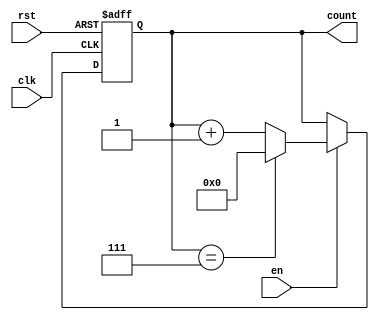
module Modulo_N_Up_Counter (
    input wire clk,
    input wire rst,
    input wire en,
    output reg [N-1:0] count
);

parameter N = 8;

always @(posedge clk or posedge rst) begin
    if (rst) begin
        count <= 0;
    end else if (en) begin
        if (count == N-1) begin
            count <= 0;
        end else begin
            count <= count + 1;
        end
    end
end

endmodule